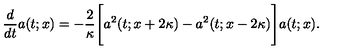
\frac { d } { d t } a ( t ; x ) = - \frac { 2 } { \kappa } \Bigg [ a ^ { 2 } ( t ; x + 2 \kappa ) - a ^ { 2 } ( t ; x - 2 \kappa ) \Bigg ] a ( t ; x ) .